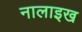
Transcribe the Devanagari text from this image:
नालाइख